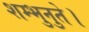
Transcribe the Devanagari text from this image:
शम्भुनुते।